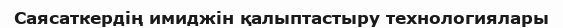
Саясаткердің имиджін қалыптастыру технологиялары